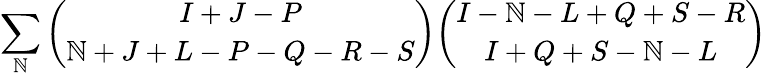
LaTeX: \sum_{\mathbb{N}}{\binom{I+J-P}{\mathbb{N}+J+L-P-Q-R-S}}{\binom{I-\mathbb{N}-L+Q+S-R}{I+Q+S-\mathbb{N}-L}}